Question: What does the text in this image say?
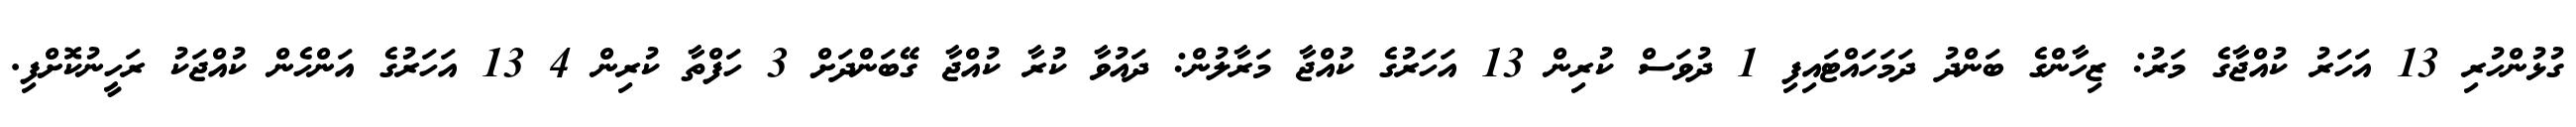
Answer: ގުޅުންހުރި 13 އަހަރު ކުއްޖާގެ މަރު: ޒިހާންގެ ބަންދު ދަމަހައްޓައިފި 1 ދުވަސް ކުރިން 13 އަހަރުގެ ކުއްޖާ މަރާލުން: ދައުވާ ކުރާ ކުއްޖާ ގޭބަންދަށް 3 ހަފްތާ ކުރިން 4 13 އަހަރުގެ އަންހެން ކުއްޖަކު ރަހީނުކޮށްފި.